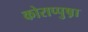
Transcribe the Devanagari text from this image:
कोराप्पुष़ा